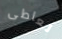
تعاطى